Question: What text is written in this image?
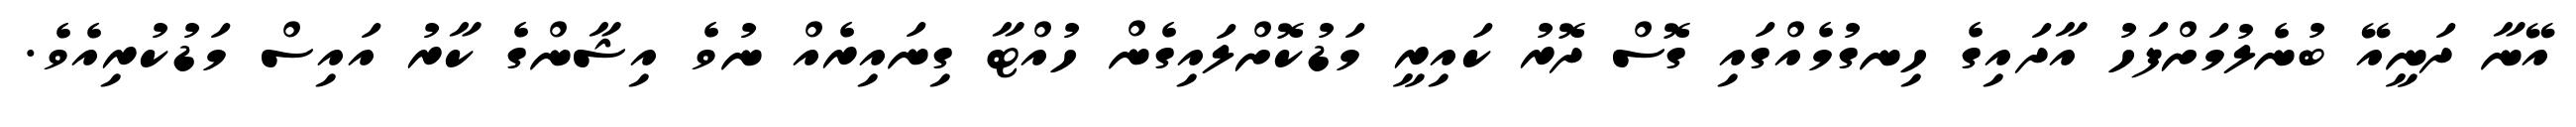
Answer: އޭނާ ދަނީއޭ ބުނެލުމަށްފަހު އާދައިގެ ހިނގުމެއްގައި ގޮސް ދޮރު ކައިރީ މަޑުކޮށްލައިގެން ހުއްޓާ ގިނައިރެއް ނުވެ އިޝާންގެ ކާރު އައިސް މަޑުކުރިއެވެ.